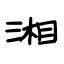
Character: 湘